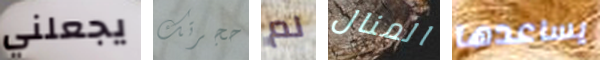
يجعلني حجرتك لم المنال يساعدها